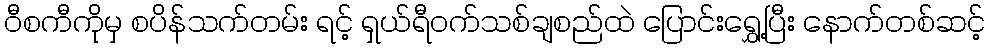
ဝီစကီကိုမှ စပိန်သက်တမ်း ရင့် ရှယ်ရီဝက်သစ်ချစည်ထဲ ပြောင်းရွှေ့ပြီး နောက်တစ်ဆင့်